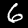
Digit: 6